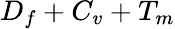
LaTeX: D_{f}+C_{v}+T_{m}